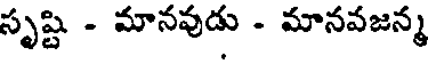
సృష్టి - మానవుడు - మానవజన్మ